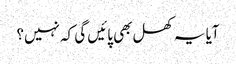
آیا یہ کھل بھی پائیں گی کہ نہیں؟